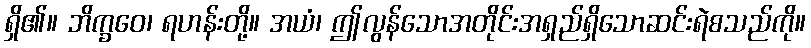
ရှိ၏။ ဘိက္ခဝေ၊ ရဟန်းတို့။ အယံ၊ ဤလွန်သောအတိုင်းအရှည်ရှိသောဆင်းရဲစသည်ကို။